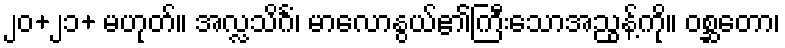
၂၀+၂၁+ မဟုတ်။ အလ္လသိင်္ဂံ၊ မာလောနွယ်၏ကြီးသောအညွန့်ကို။ ဝစ္ဆတော၊